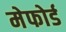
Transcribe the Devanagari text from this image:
मेफोर्ड